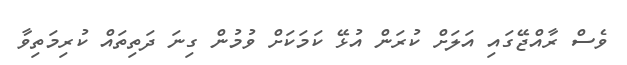
ވެސް ރާއްޖޭގައި އަލަށް ކުރަން އުޅޭ ކަމަކަށް ވުމުން ގިނަ ދަތިތައް ކުރިމަތިވާ